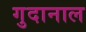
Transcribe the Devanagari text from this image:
गुदानाल